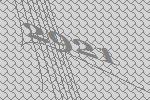
2921